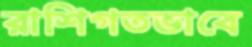
রাশিগতভাবে